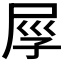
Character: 𡱟